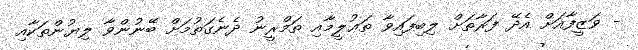
- ވަޒީފާއަށް އެދޭ ފަރާތަށް ލިބިފައިވާ ތަޢުލީމާއި ތަމްރީނު ދެނެގަތުމަށް ބޭނުންވާ ލިޔުންތަކާއި